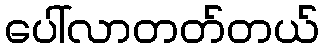
ပေါ်လာတတ်တယ်